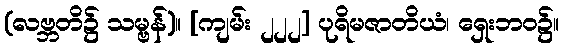
(လဗ္ဘတိ၌ သမ္ဗန်)။ [ကျမ်း ၂၂၂] ပုရိမဇာတိယံ၊ ရှေးဘဝ၌။